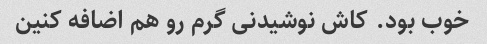
خوب بود. کاش نوشیدنی گرم رو هم اضافه کنین